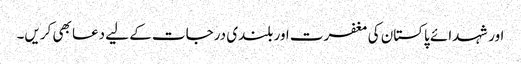
اور شہدائے پاکستان کی مغفرت اور بلندی درجات کے لیے دعا بھی کریں۔